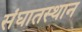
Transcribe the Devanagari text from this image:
संघातस्थान